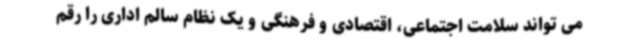
می تواند سلامت اجتماعی، اقتصادی و فرهنگی و یک نظام سالم اداری را رقم